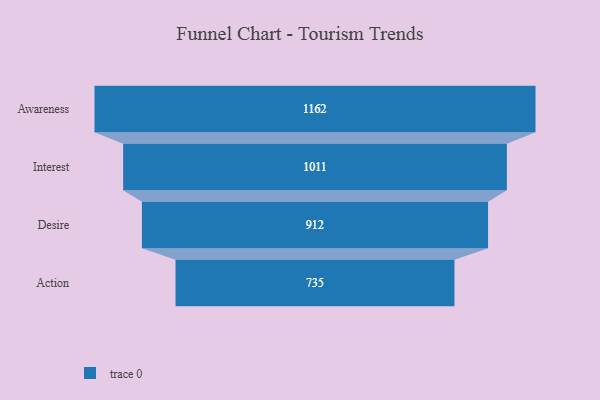
{"axis": {"x": "Stage", "y": "Value"}, "legend": [""], "data": [{"x": "Awareness", "y": 1162.0, "type": ""}, {"x": "Interest", "y": 1011.0, "type": ""}, {"x": "Desire", "y": 912.0, "type": ""}, {"x": "Action", "y": 735.0, "type": ""}]}